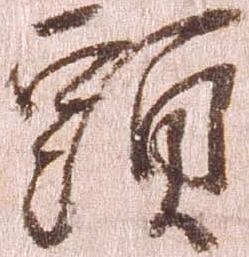
頭